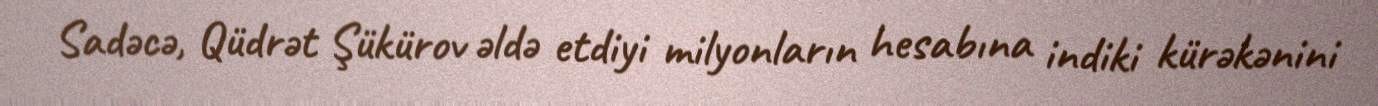
Sadəcə, Qüdrət Şükürov əldə etdiyi milyonların hesabına indiki kürəkənini